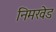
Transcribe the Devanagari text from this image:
निमखेड